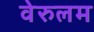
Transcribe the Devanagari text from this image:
वेरुलम